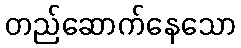
တည်ဆောက်နေသော